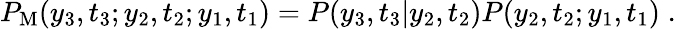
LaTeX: P_{\mathrm{M}}(y_{3},t_{3};y_{2},t_{2};y_{1},t_{1})=P(y_{3},t_{3}|y_{2},t_{2})P(y_{2},t_{2};y_{1},t_{1})\; .